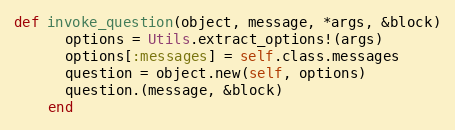
Language: Ruby
def invoke_question(object, message, *args, &block)
      options = Utils.extract_options!(args)
      options[:messages] = self.class.messages
      question = object.new(self, options)
      question.(message, &block)
    end